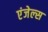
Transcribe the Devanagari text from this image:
एंजेल्‍स